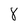
Character: 8